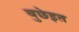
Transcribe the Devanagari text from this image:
बुछेइत